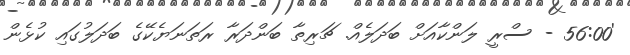
'56:00 - ސްރީ ލަންކާއަށް ބަދަލެއް. ޗަރިތާ ބަންދަރާ ރަތަނަޔެކޭގެ ބަދަލުގައި ކުޅެން